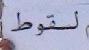
لسقوط